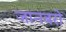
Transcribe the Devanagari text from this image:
जानबरो